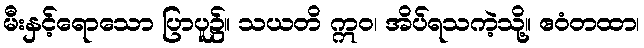
မီးနှင့်ရောသော ပြာပူ၌။ သယတိ ဣဝ၊ အိပ်ရသကဲ့သို့။ ဧဝံတထာ၊